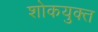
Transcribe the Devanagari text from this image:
शोकयुक्त